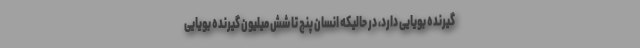
گیرنده بویایی دارد، در حالیکه انسان پنج تا شش میلیون گیرنده بویایی